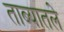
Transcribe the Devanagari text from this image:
ताब्यातले